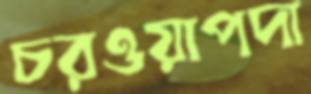
চরওয়াপদা